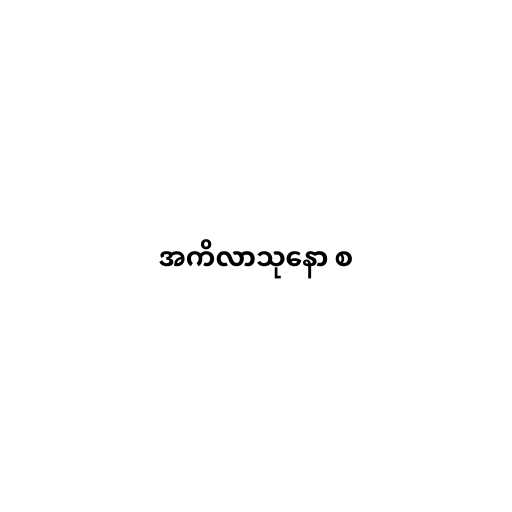
အကိလာသုနော စ